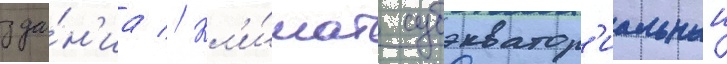
зда́н'иа // Кл'и́мат субэкватор'иальныи